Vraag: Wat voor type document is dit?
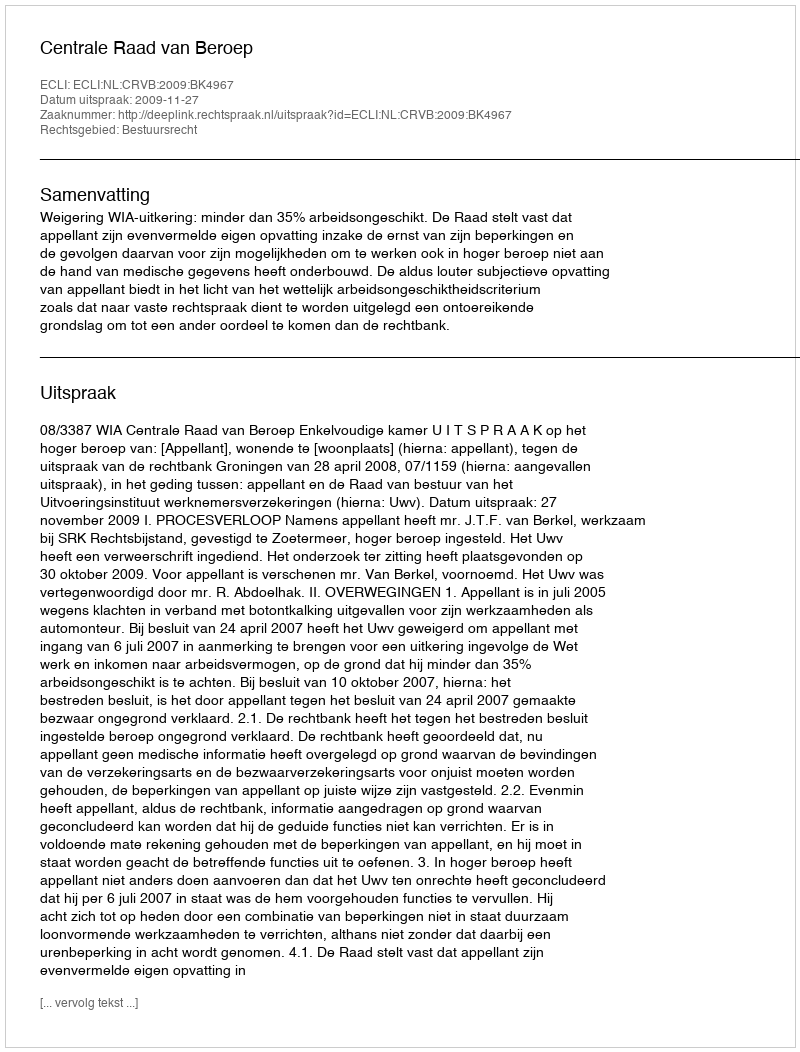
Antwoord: Uitspraak